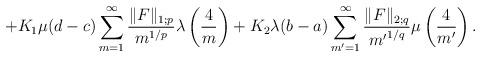
LaTeX: \begin{align*}+K_1\mu(d-c) \sum_{m=1}^\infty\frac{\|F\|_{1;p}}{m^{1/p}}\lambda\left(\frac{4}{m}\right)+ K_2\lambda(b-a) \sum_{m'=1}^\infty\frac{\|F\|_{2;q}}{{m'}^{1/q}}\mu\left(\frac{4}{m'}\right).\end{align*}